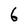
Character: 6